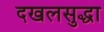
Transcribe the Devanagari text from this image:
दखलसुद्धा